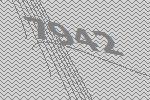
7942